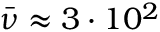
\Bar { \nu } \approx 3 \cdot 1 0 ^ { 2 }